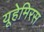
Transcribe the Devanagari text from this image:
यूहेमिरस